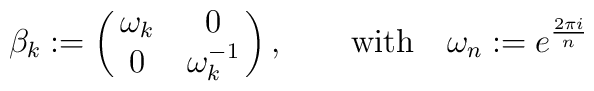
\beta_k := \left(\matrix{\omega_k & 0 \cr 0 & \omega_k^{-1}} \right),\qquad \mbox{with} \quad \omega_n := e^{2 \pi i \over n}